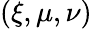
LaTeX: (\xi,\mu,\nu)